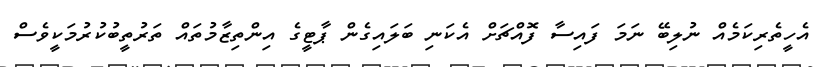
އެހީތެރިކަމެއް ނުލިބޭ ނަމަ ފައިސާ ފޮއްޗަށް އެކަނި ބަލައިގެން ޕާޓީގެ އިންތިޒާމުތައް ތަރުތީބުކުރުމަކީވެސް